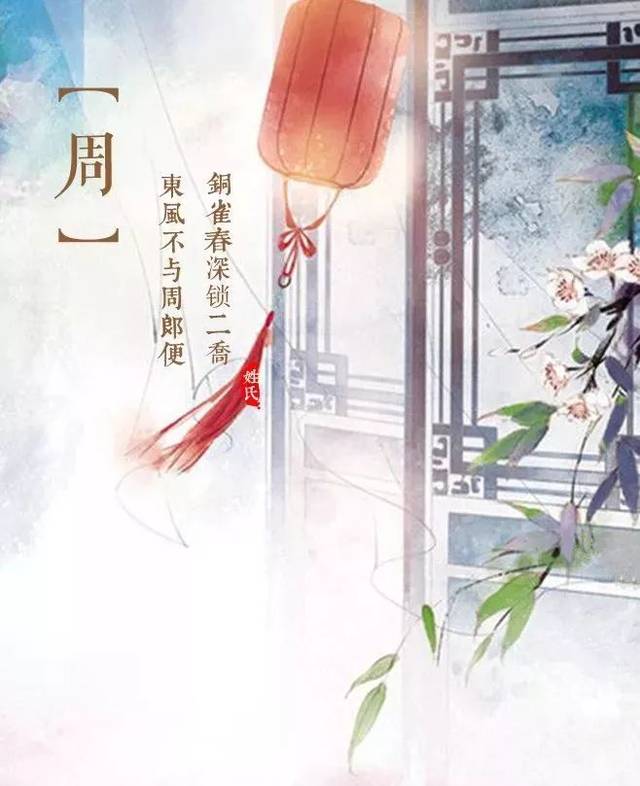
东风不与周郎便，铜雀春深锁二乔。